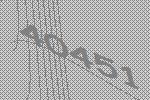
40451